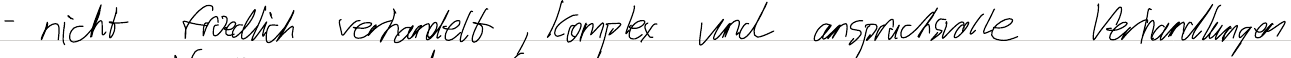
- nicht friedlich verhandelt, komplex und anspruchsvolle Verhandlungen